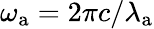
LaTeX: \omega_{\mathrm{a}}=2\pi c/\lambda_{\mathrm{a}}